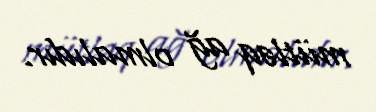
mütləq ağ olmalıdır.